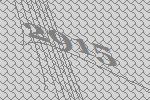
2915